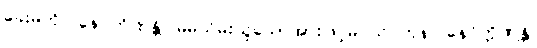
ခေးမကို။ နေဝကိဏန္တိ၊ မိမိသိမ်းယူသောအားဖြင့်မဝယ် ကုန်။ နေဝိက္ကိဏန္တိ၊